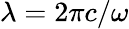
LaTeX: \lambda=2\pi c/\omega